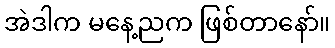
အဲဒါက မနေ့ညက ဖြစ်တာနော်။